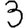
Digit: 3